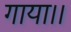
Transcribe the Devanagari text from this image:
गाया।।